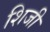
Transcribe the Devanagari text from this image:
शिजी